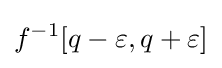
f^{-1}[q-\varepsilon ,q+\varepsilon ]